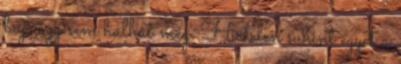
baj, úgy sem halhat meg. Hirtelen suhint egyet a